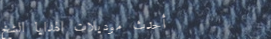
أحدث موديلات الهدايا الشخ